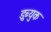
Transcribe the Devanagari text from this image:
डुब्युक